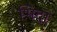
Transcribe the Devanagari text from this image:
भिदा